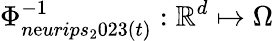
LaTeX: \Phi_{n\mathrm{e}urips_{2}023(t)}^{-1}:\mathbb{{R}}^{d}\mapsto\Omega